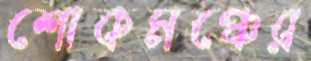
শোকমঞ্চের